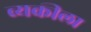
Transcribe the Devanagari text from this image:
व्यकीला